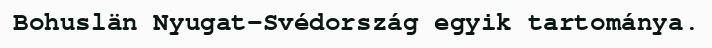
Bohuslän Nyugat-Svédország egyik tartománya.